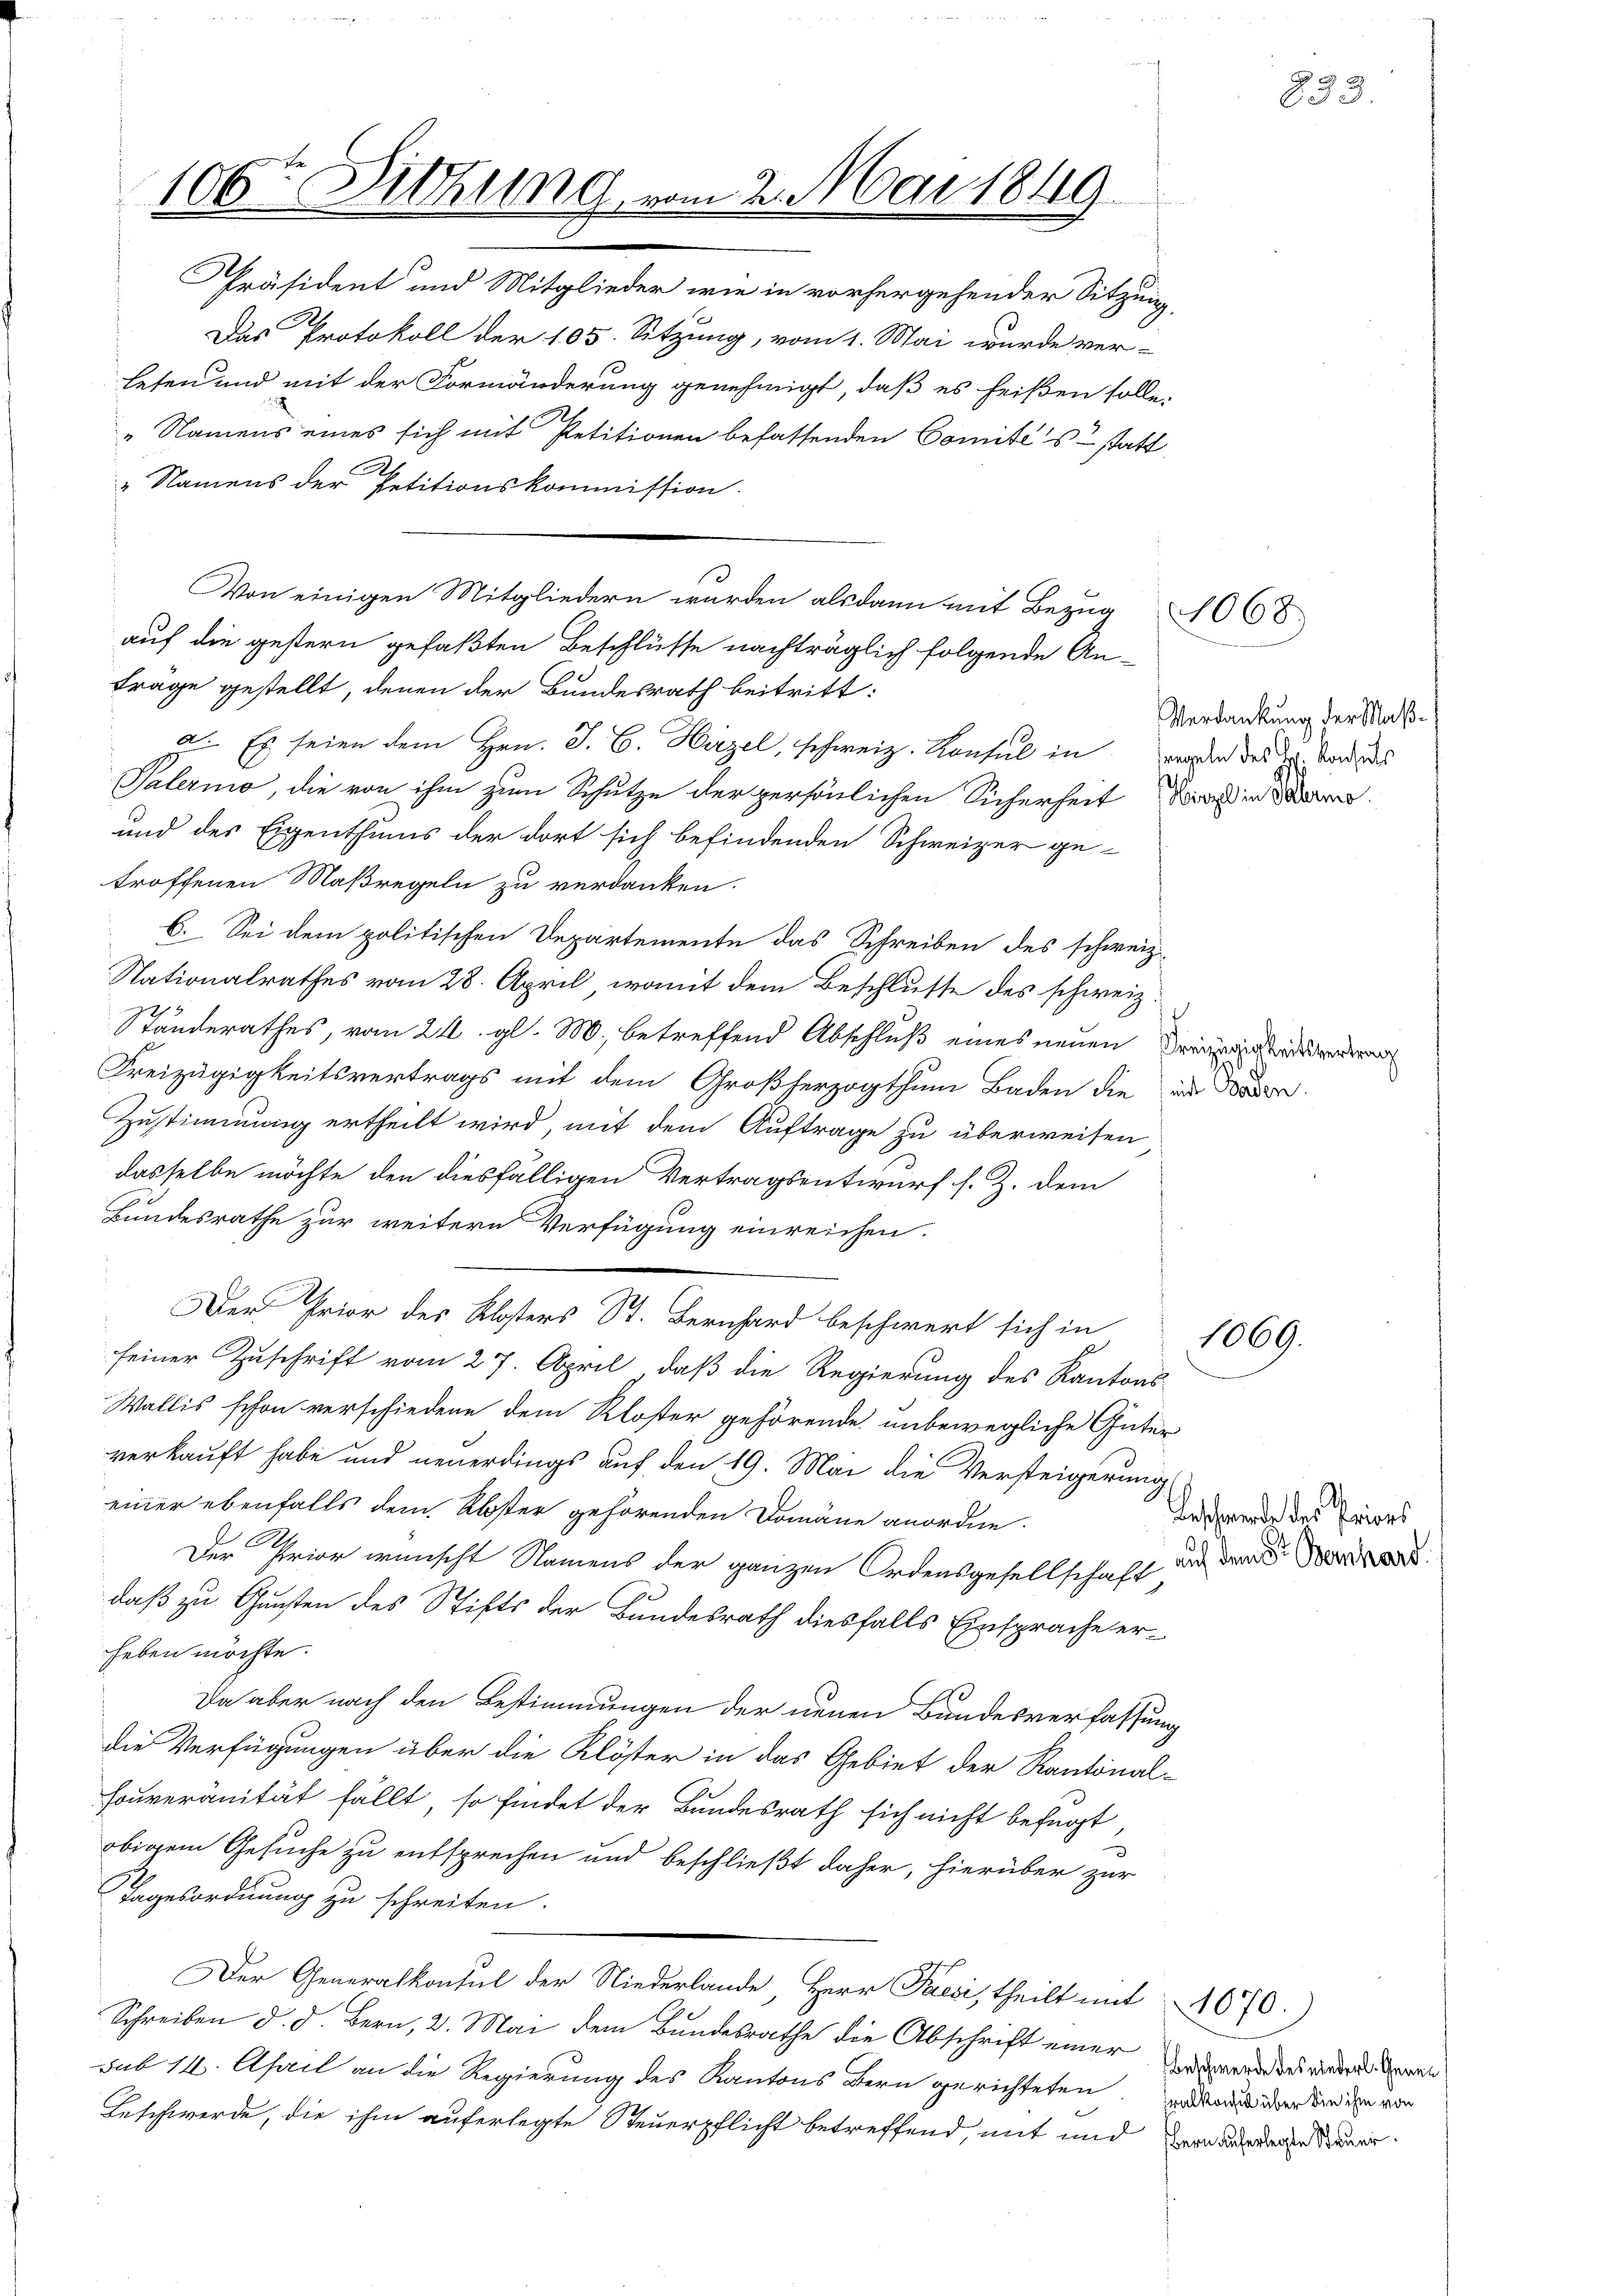
100te Sitzung vom 2. Mai 1849.
u

Von einigen Mitgliedern wurden alsdann mit Bezug

Präsident und Mitglieder wie in vorhergehender Sitzung,
Das Protokoll der 105. Sitzung, vom 1. Mai wurde ver-
leten und mit der Formänderung genehmigt, daß es heißen solle.
21
„Namens eines sich mit Petitionen befassenden Comités statt
.
" Namens der Petitionskommission
auf die gestern gefaßten Beschlüsse nachträglich folgende An-
trage gestellt, denen der Bundesrath beitritt:
z. Es seien dem Hrn. J. C. Hirzel, schweiz. Konsul in Waden des Dr. Stand des
Palermo, die von ihm zum Schutze der persönlichen Sicherheit in dar¬
und des Eigenthums der dort sich befindenden Schweizer ge-
troffenen Maßregeln zu verdanken.
6. Sei dem politischen Departemente das Schreiben des schweiz.
Nationalrathes vom 28. April, womit dem Beschlusse des schweiz.
23
Standerathes, vom 21. gl. M., betreffend Abschluß eines neuen Kinderenderen
Freizügigkeitsvertrags mit dem Großherzogthum Baden die in der
Zustimmung ertheilt wird, mit dem Auftrage zu überweisen
dasselbe möchte den diesfälligen Vertragsentwurf s. Z. dem
Bundesrathe zur weitern Verfügung einreichen.
Der Prior des Klosters St. Bernhard beschwert sich in
seiner Zuschrift vom 27. April, daß die Regierung des Kantons-
Wallis schon verschiedene dem Kloster gehörende unbewegliche Güter
verkauft habe und neuerdings auf den 19. Mai die Versteigerung
einer ebenfalls dem Abster gehörenden Domäne anordne.
Der Prior wünscht Namens der ganzen Ordensgesellschaft
daß zu Gunsten des Stifts der Bundesrath diesfalls Einsprache erheben möchte.
Da aber nach den Bestimmungen der neuen Bundesverfassung
die Verfügungen über die Klöster in das Gebiet der Kantonalhouveränität fällt, so findet der Bundesrath sich nicht befugt,
obigem Gesuche zu entsprechen und beschließt daher, hierüber zur
Tagesordnung zu schreiten.
Der Generalkonsul der Niederlande, Herr Paesi, theilt mit 1070.)
Schreiben d. d. Bern, 2. Mai dem Bundesrathe die Abschrift einer
sub 14. April an die Regierung des Kantons Bern gerichteten und der wieder von
Beschwerde, die ihm auferlegte Steuerpflicht betreffend, mit und Bundenen dauer

2068

Verdankung der Maß¬

e

1869.

Beschwerde der Pries
auf dem Fr. Bernhard

Beschwerde des niederl. Gene¬

g
633.